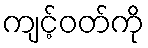
ကျင့်ဝတ်ကို